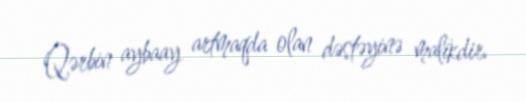
Qərbin aybaay artmaqda olan dəstəyinə malikdir.